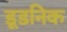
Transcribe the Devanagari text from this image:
डूडनिक